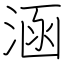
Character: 涵